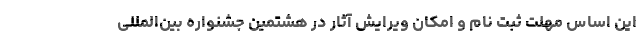
این اساس مهلت ثبت نام و امکان ویرایش آثار در هشتمین جشنواره بین‌المللی